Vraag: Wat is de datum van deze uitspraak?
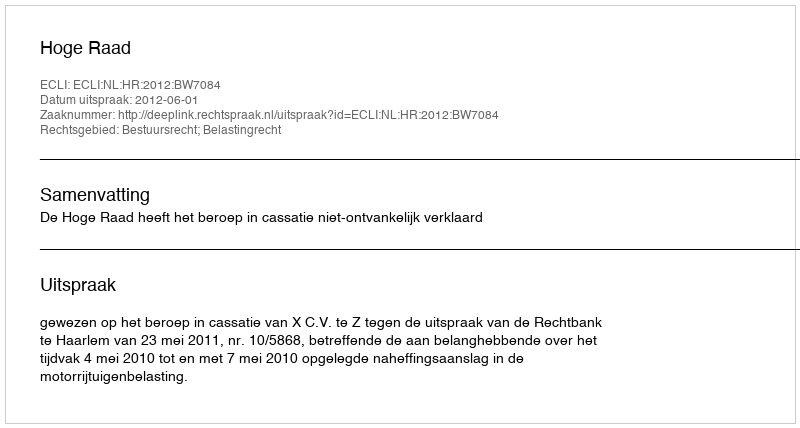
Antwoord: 2012-06-01